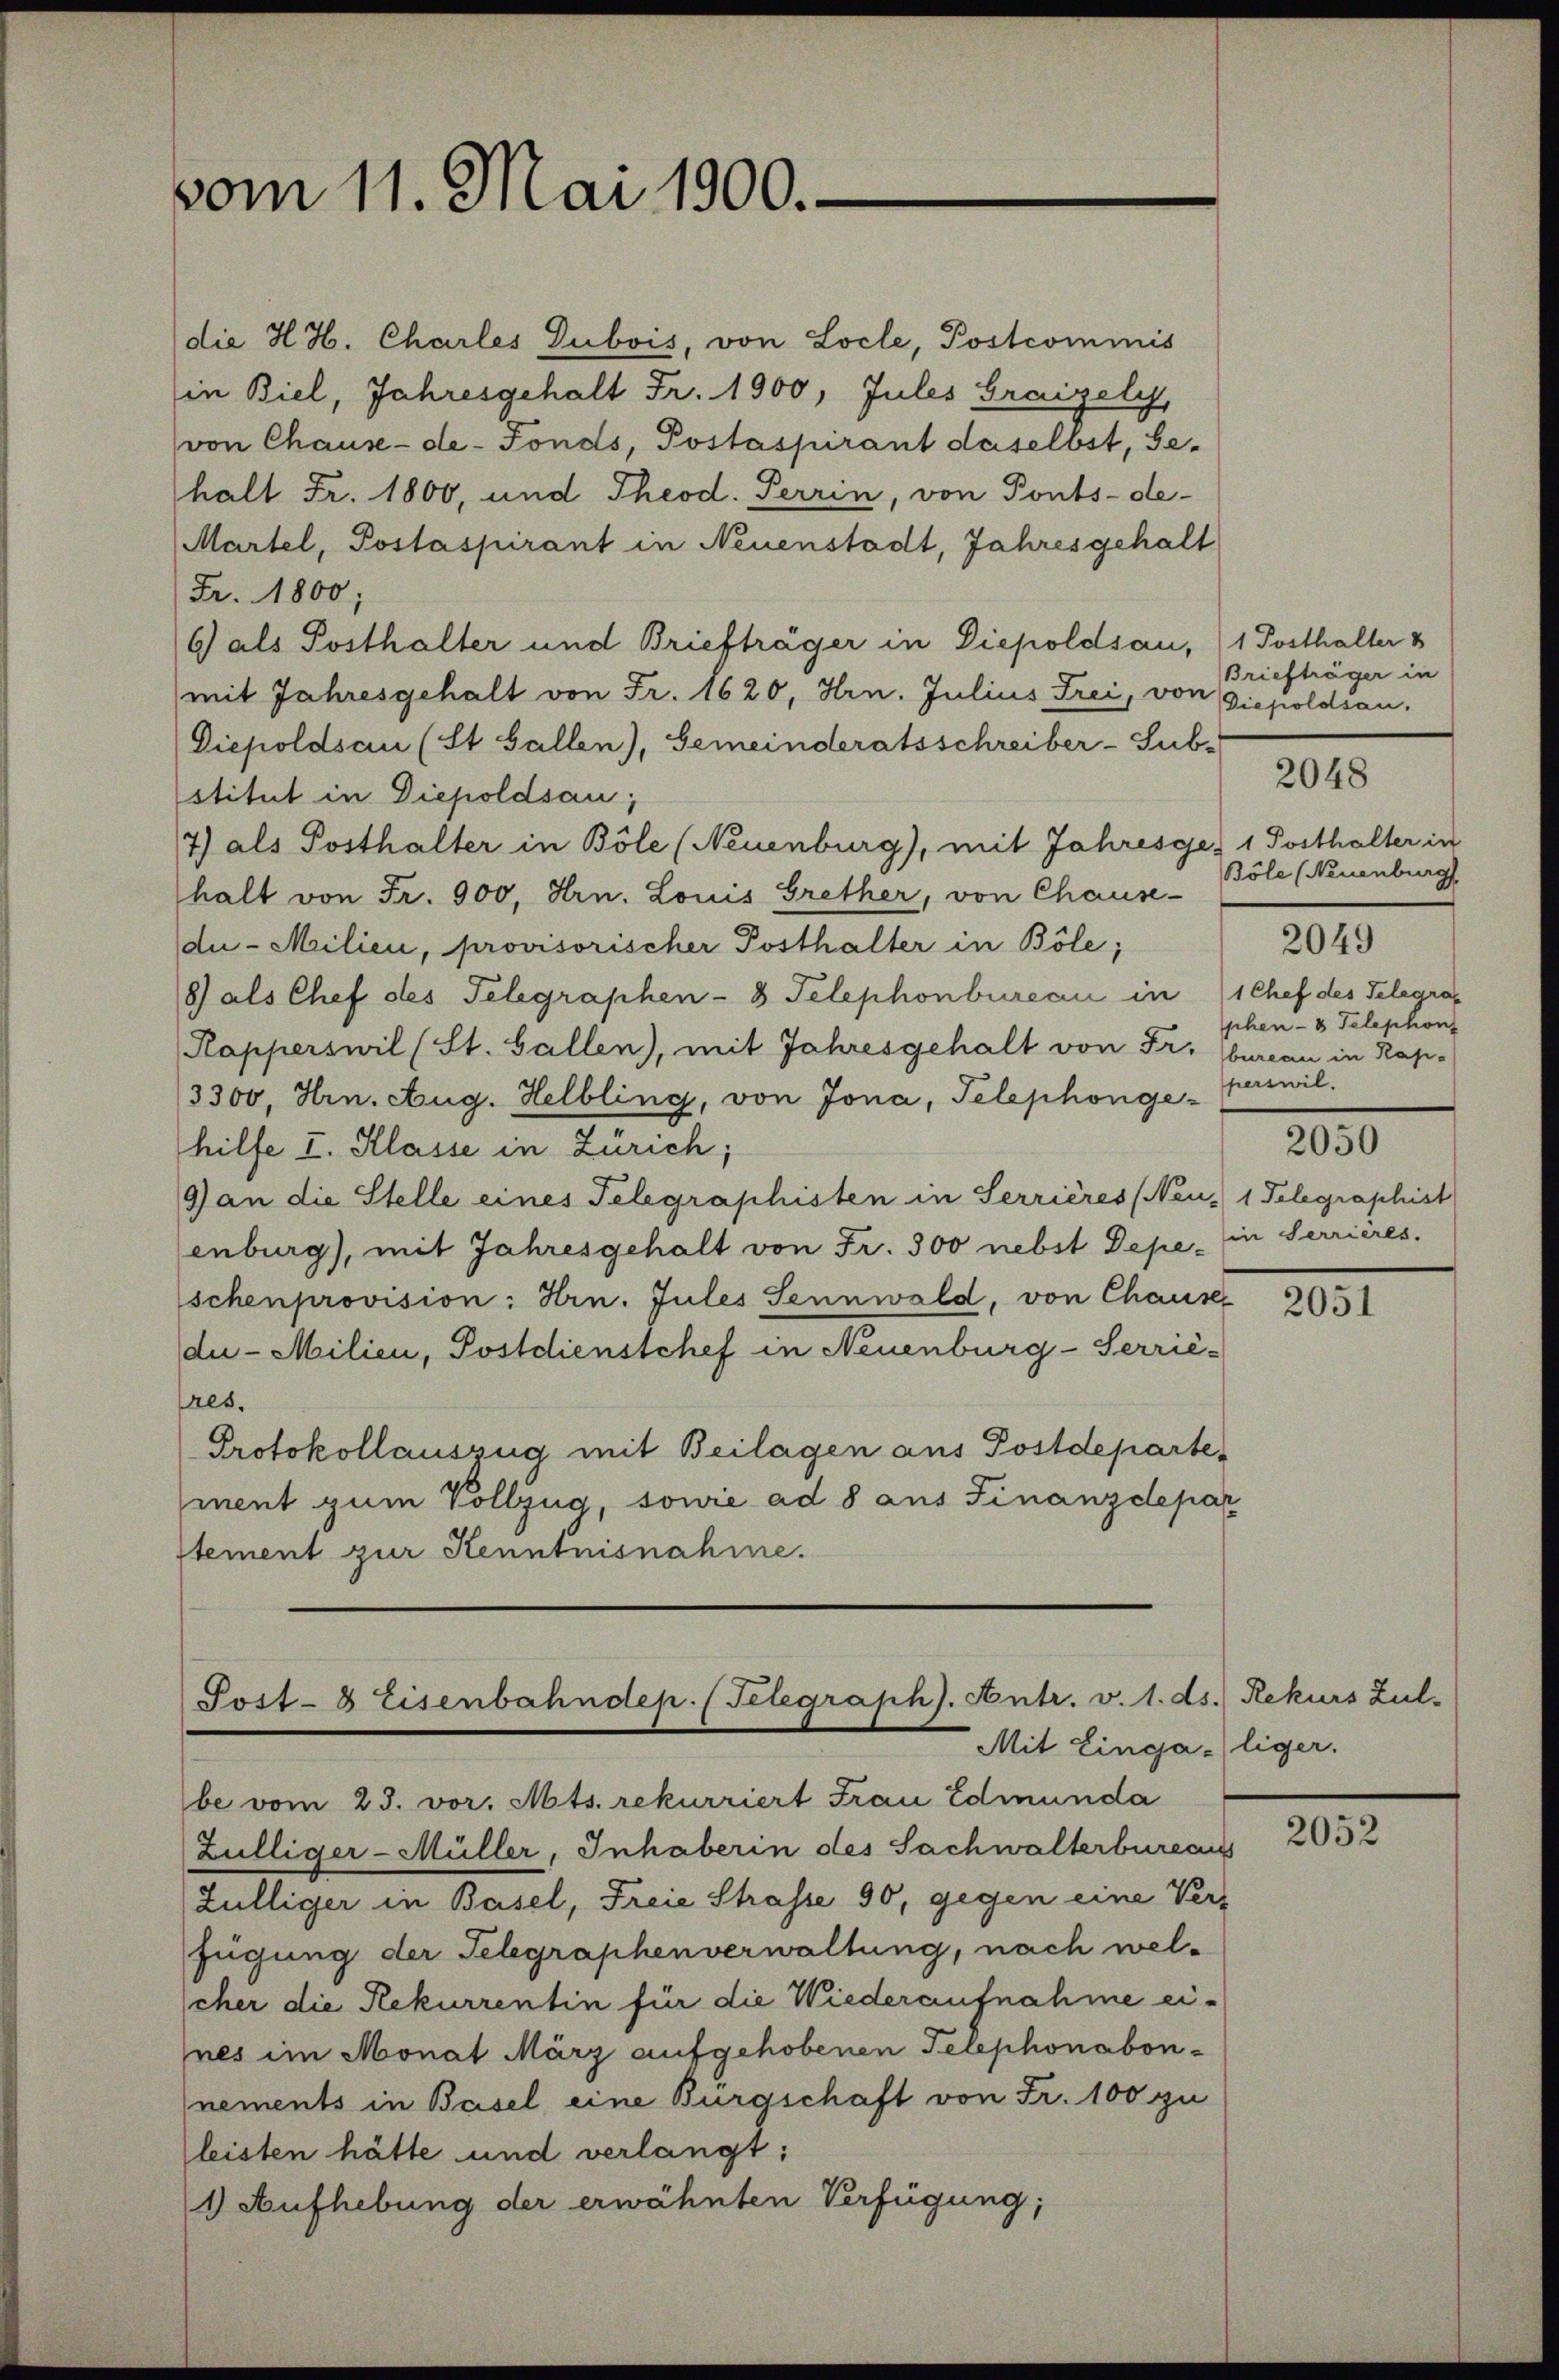
vom 11. Mai 1900.

die H. H. Charles Dubois, von Locle, Postcommis
in Biel, Jahresgehalt Fr. 1900, Jules Graisely,
von Chause-de-Fonds, Postaspirant daselbst, Ge-
halt Fr. 1800, und Theod. Terrin, von Ponts-de-
Martel, Postaspirant in Neuenstadt, Jahresgehalt
Fr. 1800;
6 als Posthalter und Briefträger in Diepoldsau, 1 Posthalter v
mit Jahresgehalt von Fr. 1620, Hrn. Julius Frei, von Giepoldsau.
Diepoldsau (St. Gallen), Gemeinderatsschreiber-Sub.
stitut in Diepoldsau;
7) als Posthalter in Böle (Neuenburg), mit Jahresges 1 Posthalter in
halt von Fr. 900, Hrn. Louis Grether, von Chause-
du- Milien, provisorischer Posthalter in Böle;
8) als Chef des Telegraphen- 8 Telephonbureau in
Kapperswil (St. Gallen), mit Jahresgehalt von Fr. bureau in Kapi-
3300, Hrn. Aug. Helbling, von Jona, Telephonge perswil,
hilfe I. Klasse in Zürich;
9) an die Stelle eines Telegraphisten in Serrières (Neu- 1 Telegraphist
enburg), mit Jahresgehalt von Fr. 300 nebst Depe in Terrières.
schenprovision: Hrn. Jules Sennwald, von Chause
du- Milien, Postdienstchef in Neuenburg-Serrié-
res.
Protokollauszug mit Beilagen aus Postdepartement zum Vollzug, sowie ad 8 aus Finanzdepar
stement zur Kenntnisnahme.

Post- & Eisenbahndep. (Telegraph). Antr. v. 1. ds. Rekurs Zul-
Mit Einga liger.

Briefträger in

Böle (Neuenburg
2049
1 Chef des Telegraphen- & Telephon

be vom 23. vor. Mts. rekurriert Frau Edmunda
Zülliger-Müller, Inhaberin des Sachwalterbureaus
Zülliger in Basel, Freie Strasse 90, gegen eine Verz
fügung der Telegraphenverwaltung, nach welcher die Rekurrentin für die Wiederaufnahme eines im Monat März aufgehobenen Telephonabon-
nements in Basel eine Burgschaft von Fr. 100 zu
leisten hätte und verlangt:
1) Aufhebung der erwähnten Verfügung;

2048

2050

2051

2052